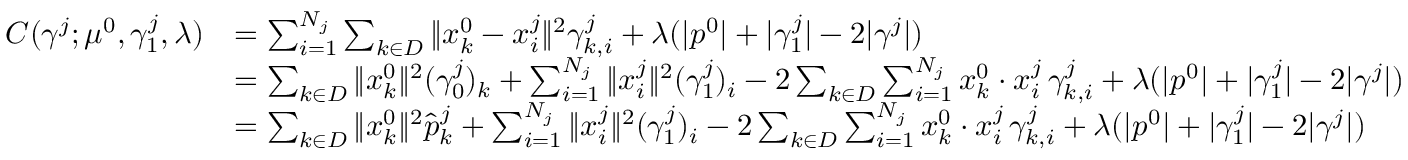
\begin{array} { r l } { C ( \gamma ^ { j } ; \mu ^ { 0 } , \gamma _ { 1 } ^ { j } , \lambda ) } & { = \sum _ { i = 1 } ^ { N _ { j } } \sum _ { k \in D } \| x _ { k } ^ { 0 } - x _ { i } ^ { j } \| ^ { 2 } \gamma _ { k , i } ^ { j } + \lambda ( | p ^ { 0 } | + | \gamma _ { 1 } ^ { j } | - 2 | \gamma ^ { j } | ) } \\ & { = \sum _ { k \in D } \| x _ { k } ^ { 0 } \| ^ { 2 } ( \gamma _ { 0 } ^ { j } ) _ { k } + \sum _ { i = 1 } ^ { N _ { j } } \| x _ { i } ^ { j } \| ^ { 2 } ( \gamma _ { 1 } ^ { j } ) _ { i } - 2 \sum _ { k \in D } \sum _ { i = 1 } ^ { N _ { j } } x _ { k } ^ { 0 } \cdot x _ { i } ^ { j } \, \gamma _ { k , i } ^ { j } + \lambda ( | p ^ { 0 } | + | \gamma _ { 1 } ^ { j } | - 2 | \gamma ^ { j } | ) } \\ & { = \sum _ { k \in D } \| x _ { k } ^ { 0 } \| ^ { 2 } \hat { p } _ { k } ^ { j } + \sum _ { i = 1 } ^ { N _ { j } } \| x _ { i } ^ { j } \| ^ { 2 } ( \gamma _ { 1 } ^ { j } ) _ { i } - 2 \sum _ { k \in D } \sum _ { i = 1 } ^ { N _ { j } } x _ { k } ^ { 0 } \cdot x _ { i } ^ { j } \, \gamma _ { k , i } ^ { j } + \lambda ( | p ^ { 0 } | + | \gamma _ { 1 } ^ { j } | - 2 | \gamma ^ { j } | ) } \end{array}